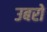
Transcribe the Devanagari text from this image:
उबरो